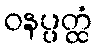
ဝနပ္ပတ္ထံ